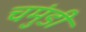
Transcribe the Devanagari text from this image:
चमुंडी